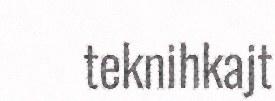
teknihkajt